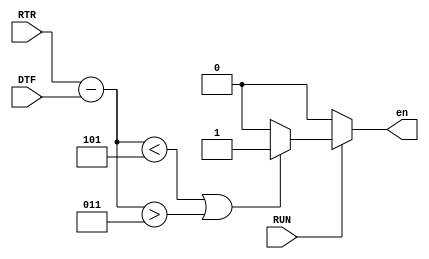
`timescale 1ns / 1ps
//////////////////////////////////////////////////////////////////////////////////
// Company: 
// 
// Design Name: 
// Module Name: 30min_driver
// Project Name: 
// Target Devices: 
// Tool Versions: 
// Description: 
// 
// Dependencies: 
// 
// Revision:
// Revision 0.01 - File Created
// Additional Comments:
// 
//////////////////////////////////////////////////////////////////////////////////


module time_driver(
input wire RUN,
input wire [4:0] DTF,
input wire [5:0] RTR,//CONFRONTA SEMPRE LE TEMPERATURE E ALZA L'ENABLE SE SI SUPERA IL RANGE DESIDERATO
output reg en
    );
     wire signed [6:0] DIFF; //questo segnale  con il segno (signed) e ha bisogno di un bit in pi
    assign DIFF = $signed( RTR - {1'b0, DTF} ); //tutte le operazioni devono essere fatte con la notazione $signed

    always@(DTF,RTR,RUN, DIFF)
    if (RUN)
    if($signed(DIFF < -7'sd3) || ($signed(DIFF > 7'sd3) ) ) en=1'b1;
    else en=1'b0;
    else en=1'b0;
endmodule